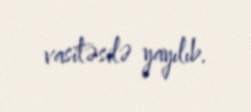
vasitəsilə yayılıb.